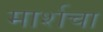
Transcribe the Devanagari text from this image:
मार्शचा